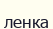
ленка